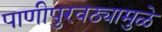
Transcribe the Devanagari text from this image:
पाणीपुरवठ्यामुळे